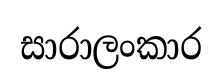
සාරාලංකාර